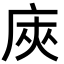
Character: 𢈙